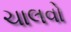
ચાલવો